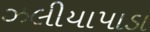
ઝલીયાપાડા